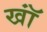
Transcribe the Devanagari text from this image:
खॉं